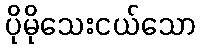
ပိုမိုသေးငယ်သော